Indian journal of veterinary science and animal husbandry - Volume 2,
Year: 1932
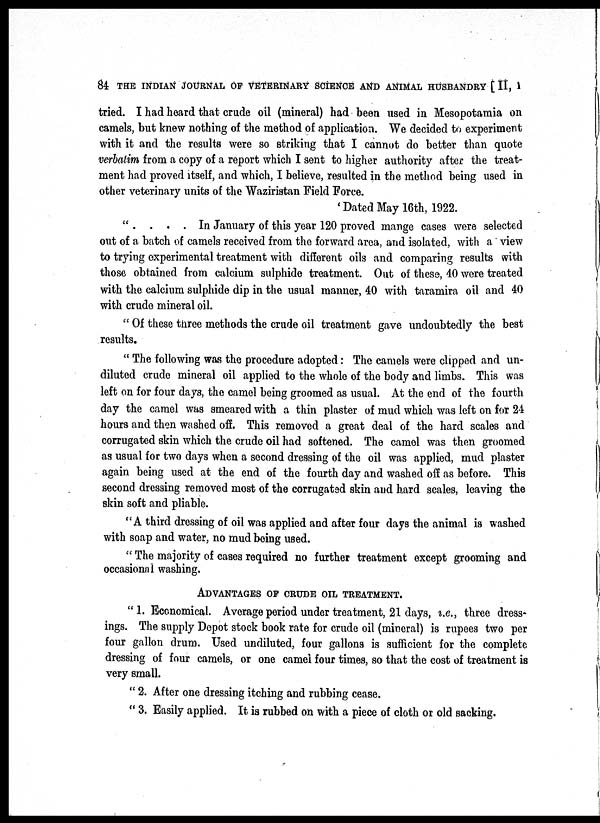
84 THE INDIAN JOURNAL OF VETERINARY SCIENCE AND ANIMAL HUSBANDRY [ II, I
tried. I had heard that crude oil (mineral) had been used in Mesopotamia on
camels, but knew nothing of the method of application. We decided to experiment
with it and the results were so striking that I cannot do better than quote
verbatim from a copy of a report which I sent to higher authority after the treat-
ment had proved itself, and which, I believe, resulted in the method being used in
other veterinary units of the Waziristan Field Force.
'Dated May 16th, 1922.
" . . . .In January of this year 120 proved mange cases were selected
out of a batch of camels received from the forward area, and isolated, with a view
to trying experimental treatment with different oils and comparing results with
those obtained from calcium sulphide treatment. Out of these, 40 were treated
with the calcium sulphide dip in the usual manner, 40 with taramira oil and 40
with crude mineral oil.
" Of these three methods the crude oil treatment gave undoubtedly the best
results.
" The following was the procedure adopted: The camels were clipped and un-
diluted crude mineral oil applied to the whole of the body and limbs. This was
left on for four days, the camel being groomed as usual. At the end of the fourth
day the camel was smeared with a thin plaster of mud which was left on for 24
hours and then washed off. This removed a great deal of the hard scales and
corrugated skin which the crude oil had softened. The camel was then groomed
as usual for two days when a second dressing of the oil was applied, mud plaster
again being used at the end of the fourth day and washed off as before. This
second dressing removed most of the corrugated skin and hard scales, leaving the
skin soft and pliable.
"A third dressing of oil was applied and after four days the animal is washed
with soap and water, no mud being used.
" The majority of cases required no further treatment except grooming and
occasional washing.
ADVANTAGES OF CRUDE OIL TREATMENT.
" 1. Economical. Average period under treatment, 21 days, i.e., three dress-
ings. The supply Depot stock book rate for crude oil (mineral) is rupees two per
four gallon drum. Used undiluted, four gallons is sufficient for the complete
dressing of four camels, or one camel four times, so that the cost of treatment is
very small.
" 2. After one dressing itching and rubbing cease.
" 3. Easily applied. It is rubbed on with a piece of cloth or old sacking.